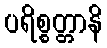
ပရိစ္စတ္တာနိ